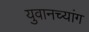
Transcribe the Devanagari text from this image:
युवानच्यांग